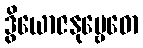
ဒွိယောဇနုဗ္ဗေဓော